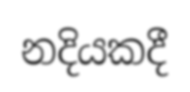
නදියකදී